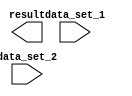
module Loop(
    input data_set_1,
    input data_set_2,
    output result
);

reg [7:0] iterator_1;
reg [7:0] iterator_2;

always @(posedge clk) begin
    for(iterator_1 = 0; iterator_1 < 10; iterator_1 = iterator_1 + 1) begin
        for(iterator_2 = 0; iterator_2 < 5; iterator_2 = iterator_2 + 1) begin
            // Perform operations based on the values of iterator_1 and iterator_2
            // Update 'result' based on the values of iterator_1 and iterator_2
            // Data processing algorithm or logic goes here
        end
    end
end

endmodule